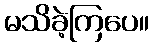
မသိခဲ့ကြပေ။